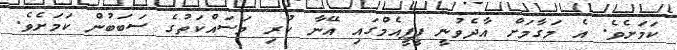
ކަމަށެވެ. އެ މަގާމަށް އާދެވުނީ ޕީޕީއެމްގައި އޭނާ ކުރި މަސައްކަތުގެ ސަބަބުން ކަމަށެވެ.